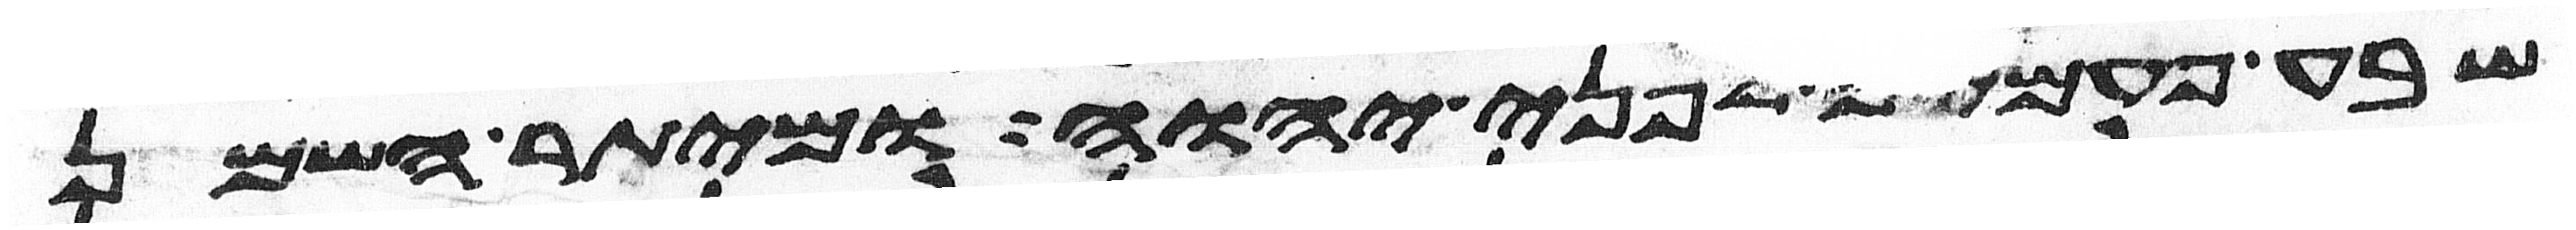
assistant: שבע פעמים לפני יהוה ומיתר השמן